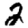
Digit: 2